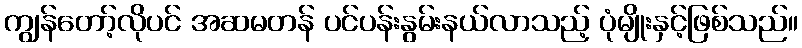
ကျွန်တော့်လိုပင် အဆမတန် ပင်ပန်းနွမ်းနယ်လာသည့် ပုံမျိုးနှင့်ဖြစ်သည်။